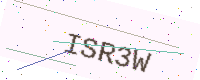
Text: ISR3W